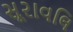
સૂરાવલિ